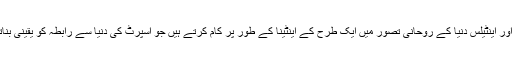
سینگ اور اینٹیلس دنیا کے روحانی تصور میں ایک طرح کے اینٹینا کے طور پر کام کرتے ہیں جو اسپرٹ کی دنیا سے رابطہ کو یقینی بناتے ہیں۔